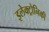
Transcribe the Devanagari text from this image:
इलेक्ट्रोनिकी